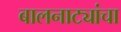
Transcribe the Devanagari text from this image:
बालनाट्यांचा